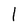
Character: 1